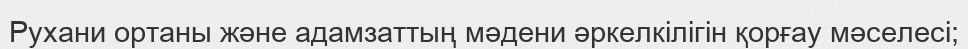
Рухани ортаны және адамзаттың мәдени әркелкілігін қорғау мәселесі;